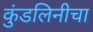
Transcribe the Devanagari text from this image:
कुंडलिनीचा